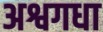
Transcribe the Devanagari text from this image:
अश्वगधा